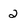
Character: 2